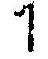
1